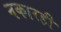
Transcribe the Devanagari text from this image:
नकारही